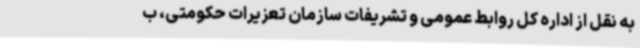
به نقل از اداره کل روابط عمومی و تشریفات سازمان تعزیرات حکومتی، ب